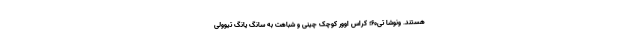
هستند. ونوشا تی60؛ کراس اوور کوچک چینی و شباهت به سانگ یانگ تیوولی